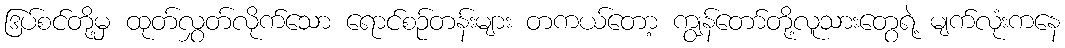
ဒြပ်စင်တို့မှ ထုတ်လွှတ်လိုက်သော ရောင်စဉ်တန်းများ တကယ်တော့ ကျွန်တော်တို့လူသားတွေရဲ့ မျက်လုံးကနေ